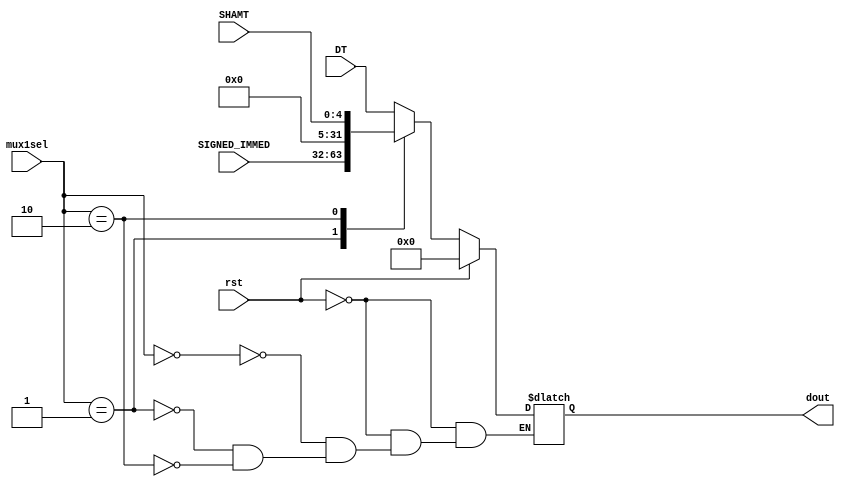
`timescale 1ns / 1ps
//////////////////////////////////////////////////////////////////////////////////
// Company: 
// Engineer: 
// 
// Design Name: 
// Module Name: top_module
// Project Name: 
// Target Devices: 
// Tool Versions: 
// Description: 
// 
// Dependencies: 
// 
// Revision:
// Revision 0.01 - File Created
// Additional Comments:
// 
//////////////////////////////////////////////////////////////////////////////////

module mux1

/*** PARAMETERS ***/
#(parameter
	INST_WL = 5,
	DATA_WL = 32,
	ADDR_WL = 5
)

/*** IN/OUT ***/
(
	// IN 
	input                   rst,
	input [3 : 0]			mux1sel,
	input [4 : 0]			SHAMT,
	input [DATA_WL - 1 : 0]	SIGNED_IMMED,
	                        DT,
	
	// OUT
	output reg [31 : 0] dout
);

	always @(*) 
	begin
	    if(rst) dout = 0;
	    else
	    begin
            case(mux1sel)
                0:
                begin
                    dout = DT;
                end
                1:
                begin
                    dout = SIGNED_IMMED;
                end
                2:
                begin
                    dout = SHAMT;
                end
            endcase 
        end
	end 

endmodule